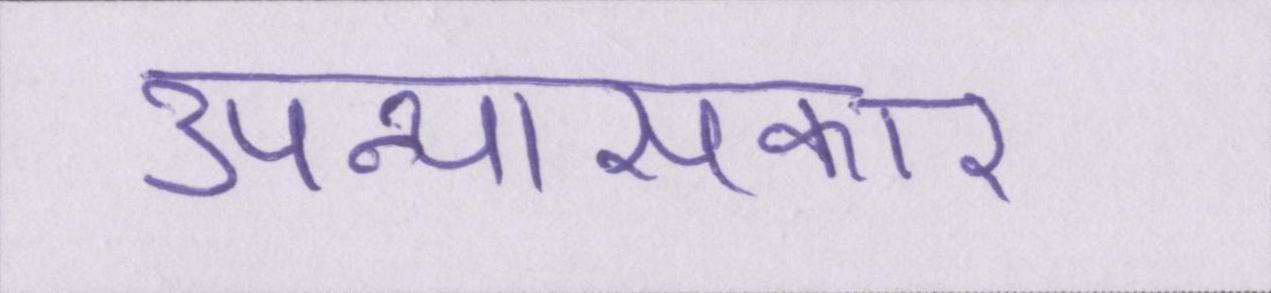
उपन्यासकार